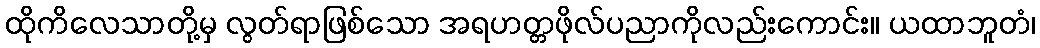
ထိုကိလေသာတို့မှ လွတ်ရာဖြစ်သော အရဟတ္တဖိုလ်ပညာကိုလည်းကောင်း။ ယထာဘူတံ၊